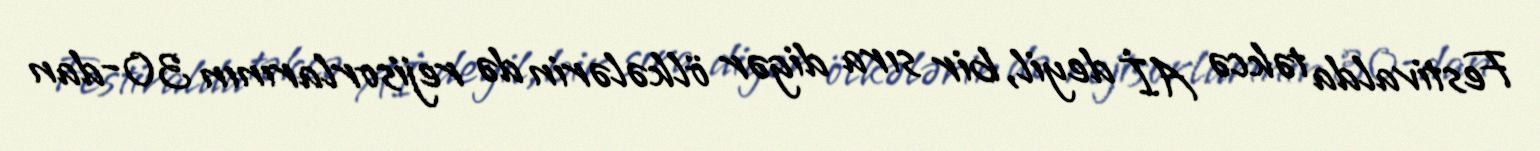
Festivalda təkcə Aİ deyil, bir sıra digər ölkələrin də rejisorlarının 30-dan